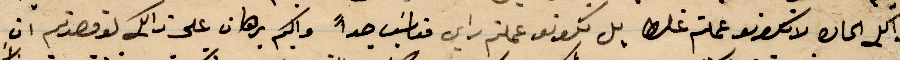
ذلك الحارة لا تكونو عملتم راي مناسب جدًا واكيم برهان على ذلك لو قصدتم ان